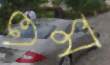
ওম